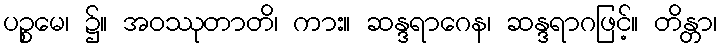
ပဉ္စမေ၊ ၌။ အဝဿုတာတိ၊ ကား။ ဆန္ဒရာဂေန၊ ဆန္ဒရာဂဖြင့်။ တိန္တာ၊